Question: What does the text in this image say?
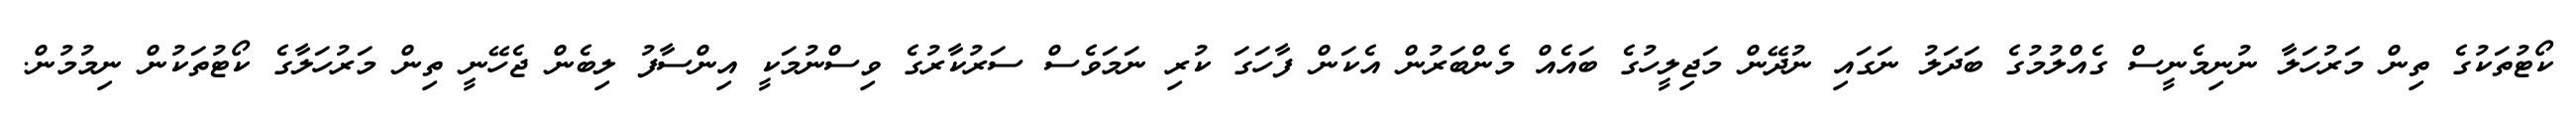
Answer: ކޯޓުތަކުގެ ތިން މަރުހަލާ ނުނިމެނީސް ގެއްލުމުގެ ބަދަލު ނަގައި ނުދޭން މަޖިލީހުގެ ބައެއް މެންބަރުން އެކަން ފާހަގަ ކުރި ނަމަވެސް ސަރުކާރުގެ ވިސްނުމަކީ އިންސާފު ލިބެން ޖެހޭނީ ތިން މަރުހަލާގެ ކޯޓުތަކުން ނިމުމުން.